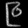
Digit: ၉